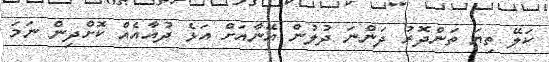
ކަލޭ ތިޔަ ތަންދޮރު ދަންނަ ދުލުން އޭނާއަށް އަޅެ ދުއާއެއް ކޮށްދިން ނަމަ